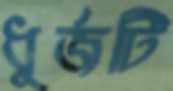
ধুর্জটি